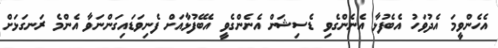
އެހެންވީމަ އެދުވަހު އެބެފުޅާ އެނެންގެވި ޑެސިޝަން އެނެންގެވީ އެބޭފުޅާއަށް ފެނިވަޑައިގަންނަވާ އެންމެ ރަނގަޅަށް